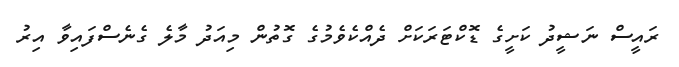
ރައީސް ނަޝީދު ކަށީގެ ޑޮކްޓަރަކަށް ދެއްކެވެމުގެ ގޮތުން މިއަދު މާލެ ގެނެސްފައިވާ އިރު